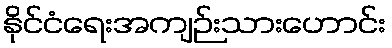
နိုင်ငံရေးအကျဉ်းသားဟောင်း